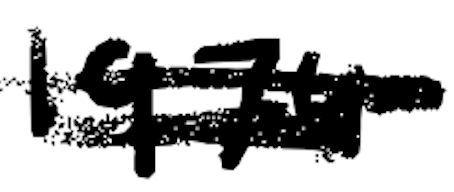
Text: 1974
Cross-out: double-line
Writing tool: digital_black